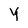
Character: Y